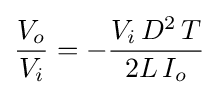
{\frac {V_{o}}{V_{i}}}=-{\frac {V_{i}\,D^{2}\,T}{2L\,I_{o}}}